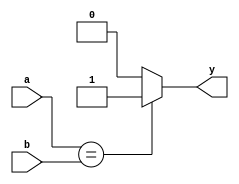
// This program was cloned from: https://github.com/lvyufeng/step_into_mips
// License: MIT License

`timescale 1ns / 1ps
//////////////////////////////////////////////////////////////////////////////////
// Company: 
// Engineer: 
// 
// Design Name: 
// Module Name: eqcmp
// Project Name: 
// Target Devices: 
// Tool Versions: 
// Description: 
// 
// Dependencies: 
// 
// Revision:
// Revision 0.01 - File Created
// Additional Comments:
// 
//////////////////////////////////////////////////////////////////////////////////


module eqcmp(
	input wire [31:0] a,b,
	output wire y
    );

	assign y = (a == b) ? 1 : 0;
endmodule